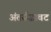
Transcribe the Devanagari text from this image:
अंतर्सजावट